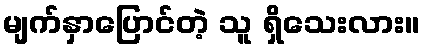
မျက်နှာပြောင်တဲ့ သူ ရှိသေးလား။